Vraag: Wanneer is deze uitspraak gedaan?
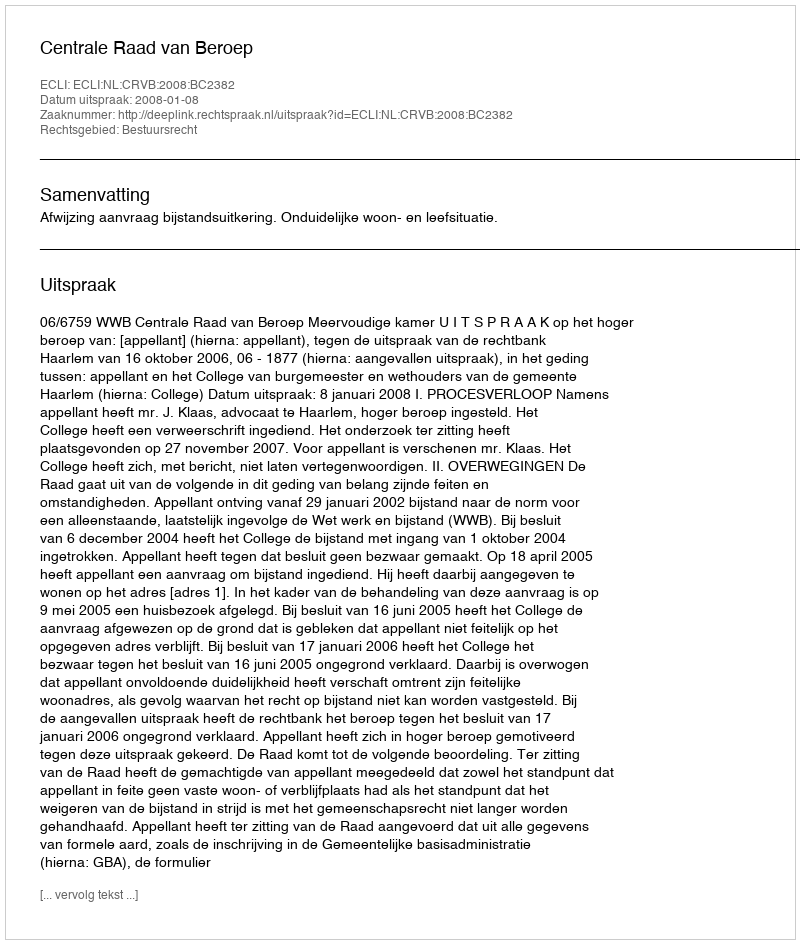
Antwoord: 2008-01-08